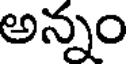
అన్నం